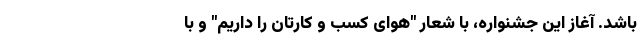
باشد. آغاز این جشنواره، با شعار "هوای کسب و کارتان را داریم" و با